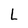
Character: L